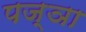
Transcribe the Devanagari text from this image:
पज्ञा